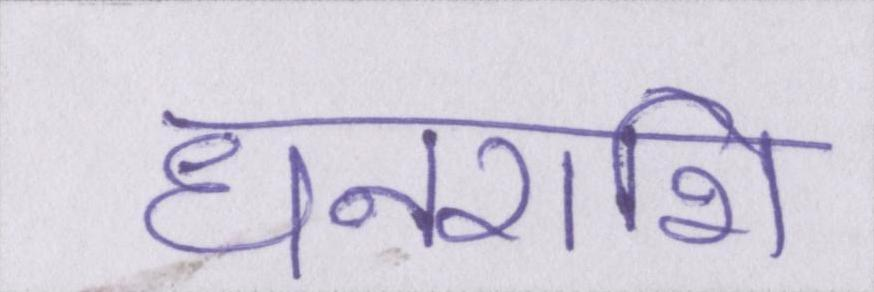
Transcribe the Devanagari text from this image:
धनराशि